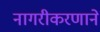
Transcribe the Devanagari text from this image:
नागरीकरणाने